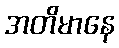
အတိမာနေ